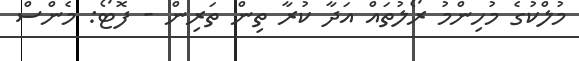
މުލްކުގެ މުހިންމު ރޯލުތައް އަދާ ކުރާ ތިން ތަރިން - ފޮޓޯ: މެންސް